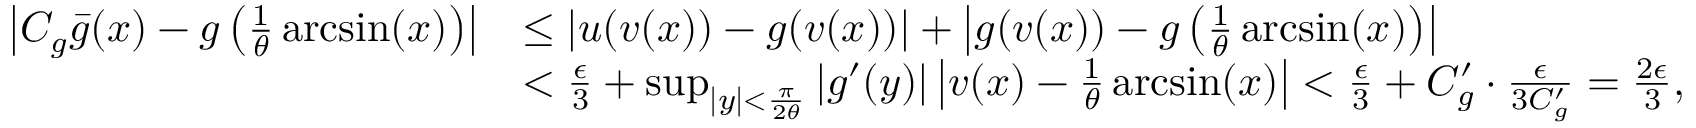
\begin{array} { r l } { \left| C _ { g } \bar { g } ( x ) - g \left( \frac { 1 } { \theta } \arcsin ( x ) \right) \right| } & { \leq \left| u ( v ( x ) ) - g ( v ( x ) ) \right| + \left| g ( v ( x ) ) - g \left( \frac { 1 } { \theta } \arcsin ( x ) \right) \right| } \\ & { < \frac { \epsilon } { 3 } + \operatorname* { s u p } _ { | y | < \frac { \pi } { 2 \theta } } | g ^ { \prime } ( y ) | \left| v ( x ) - \frac { 1 } { \theta } \arcsin ( x ) \right| < \frac { \epsilon } { 3 } + C _ { g } ^ { \prime } \cdot \frac { \epsilon } { 3 C _ { g } ^ { \prime } } = \frac { 2 \epsilon } { 3 } , } \end{array}